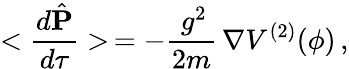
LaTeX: <\frac{d\hat{{\mathbf P}}}{d\tau}>\, =-\frac{\, g^{2}}{2m}\, {\mathbf\nabla}V^{(2)}(\phi)\, ,